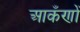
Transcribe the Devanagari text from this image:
आकँणों